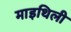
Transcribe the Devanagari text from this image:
माइथिली